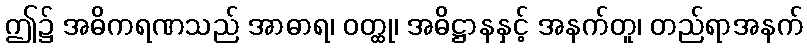
ဤ၌ အဓိကရဏသည် အာဓာရ၊ ဝတ္ထု၊ အဓိဋ္ဌာနနှင့် အနက်တူ၊ တည်ရာအနက်